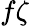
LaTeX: f\zeta